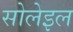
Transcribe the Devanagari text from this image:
सोलेइल